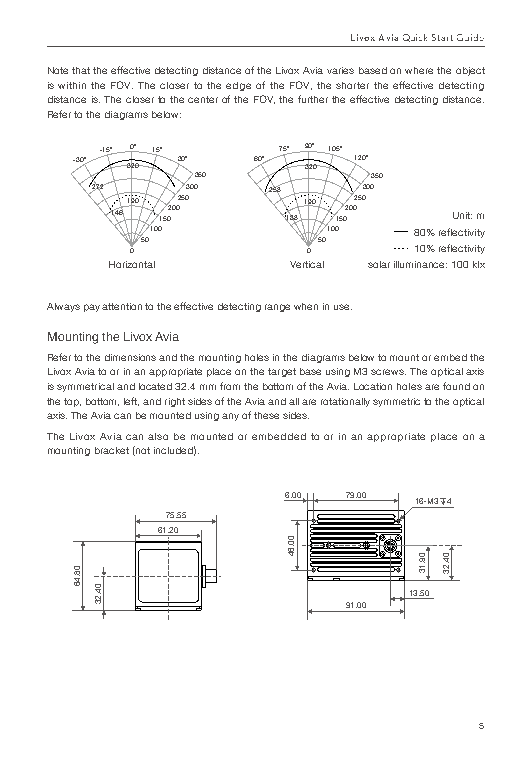
Livox Avia Quick Start Guide
 Note that the effective detecting distance of the Livox Avia varies based on where the object
 is within the FOV. The closer to the edge of the FOV, the shorter the effective detecting
 distance is. The closer to the center of the FOV, the further the effective detecting distance.
 Refer to the diagrams below:
 -15° 0° 15° 75° 90° 105°
 -30° 320 30° 60° 320 120°
 350         350
 272   300   258   300
 190 250     190 250
 146 150200  138 150200 Unit: m
 100         100  80% reflectivity
 50          50
 0          0      10% reflectivity
 Horizontal  Vertical solar illuminance: 100 klx
 Always pay attention to the effective detecting range when in use.
 Mounting the Livox Avia
 Refer to the dimensions and the mounting holes in the diagrams below to mount or embed the
 Livox Avia to or in an appropriate place on the target base using M3 screws. The optical axis
 is symmetrical and located 32.4 mm from the bottom of the Avia. Location holes are found on
 the top, bottom, left, and right sides of the Avia and all are rotationally symmetric to the optical
 axis. The Avia can be mounted using any of these sides.
 The Livox Avia can also be mounted or embedded to or in an appropriate place on a
 mounting bracket (not included).
 6.00 79.00
 16-M3 4
 75.55
 61.20
 13.50
 91.00
 20.00 65.00 20.00 34.00 2.00
 4.00+ 00.05 1.4
 5
 20.00 65.00
 08.46
 00.64
 04.23
 00.64
 09.13
 4.1
 50.0 0+ 00.4
 04.23
 00.64